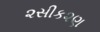
૨સીક૨ણ